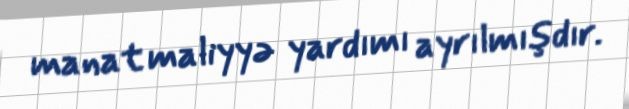
manat maliyyə yardımı ayrılmışdır.